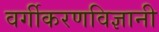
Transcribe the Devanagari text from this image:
वर्गीकरणविज्ञानी